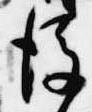
後